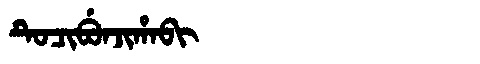
Manchu: ᡨᡠᠴᡳᠪᡠᠨᠵᡳᡥᠠᠪᡳ
Romanization: TUCIBUNJIHABI